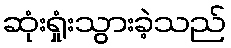
ဆုံးရှုံးသွားခဲ့သည်